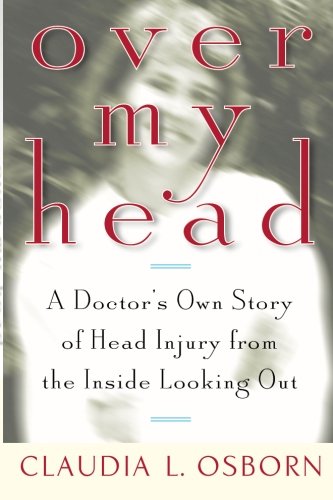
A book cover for Over My Head: A Doctor's Own Story of Head Injury from the Inside Looking Out; Claudia L. Osborn; Humor & Entertainment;